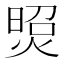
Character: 𤋜